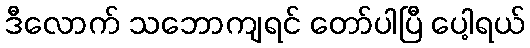
ဒီလောက် သဘောကျရင် တော်ပါပြီ ပေါ့ရယ်